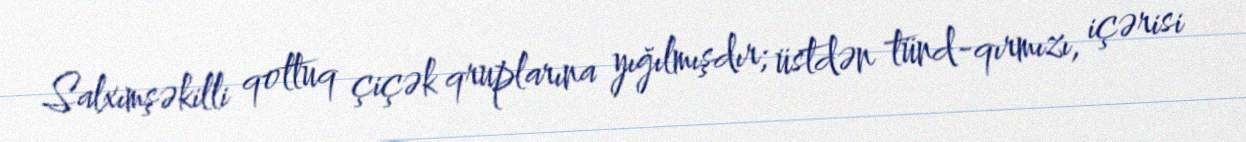
Salxımşəkilli qoltuq çiçək qruplarına yığılmışdır; üstdən tünd-qırmızı, içərisi